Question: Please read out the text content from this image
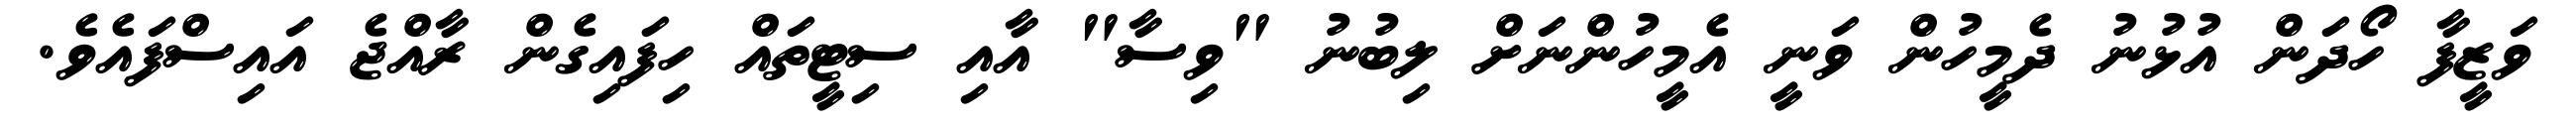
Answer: ވަޒީފާ ހޯދަން އުޅުނު ދެމީހުން ވަނީ އެމީހުންނަށް ލިބުނު "ވިސާ" އާއި ސިޓީތައް ހިފައިގެން ރާއްޖެ އައިސްފައެވެ.